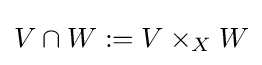
V\cap W:=V\times _{X}W